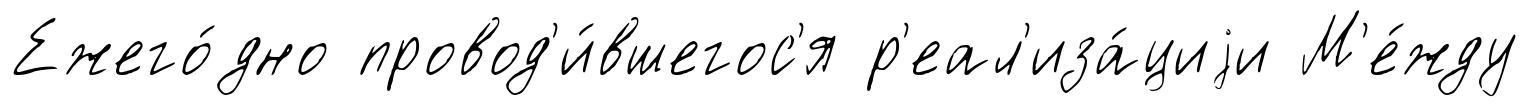
Ежего́дно провод'и́вшегос'я р'еал'иза́циjи М'е́жду